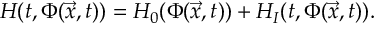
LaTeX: H ( t , \Phi ( \vec { x } , t ) ) = H _ { 0 } ( \Phi ( \vec { x } , t ) ) + H _ { I } ( t , \Phi ( \vec { x } , t ) ) .